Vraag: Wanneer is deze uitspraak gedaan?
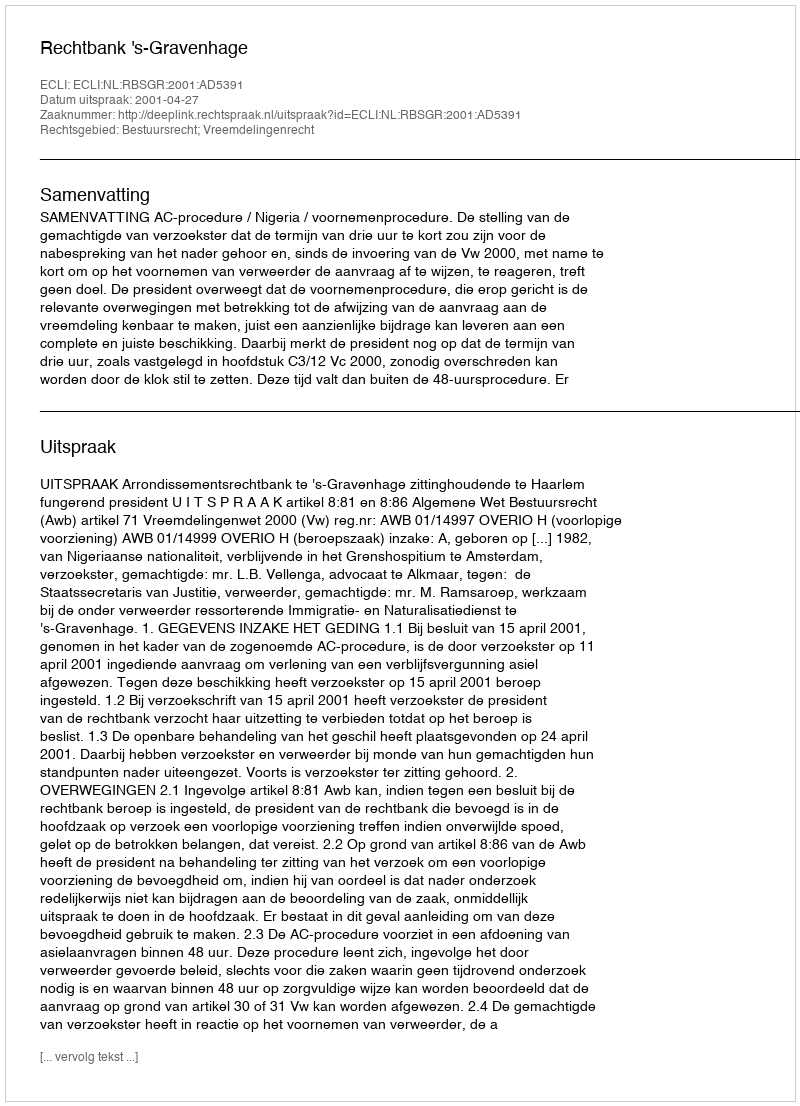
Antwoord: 2001-04-27